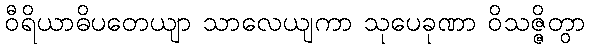
ဝီရိယာဓိပတေယျာ သာလေယျကာ သုပေခုဏာ ဝိသဇ္ဇိတွာ